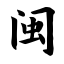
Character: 闽